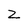
Character: Z